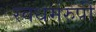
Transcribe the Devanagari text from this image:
स्वधर्मरुपी